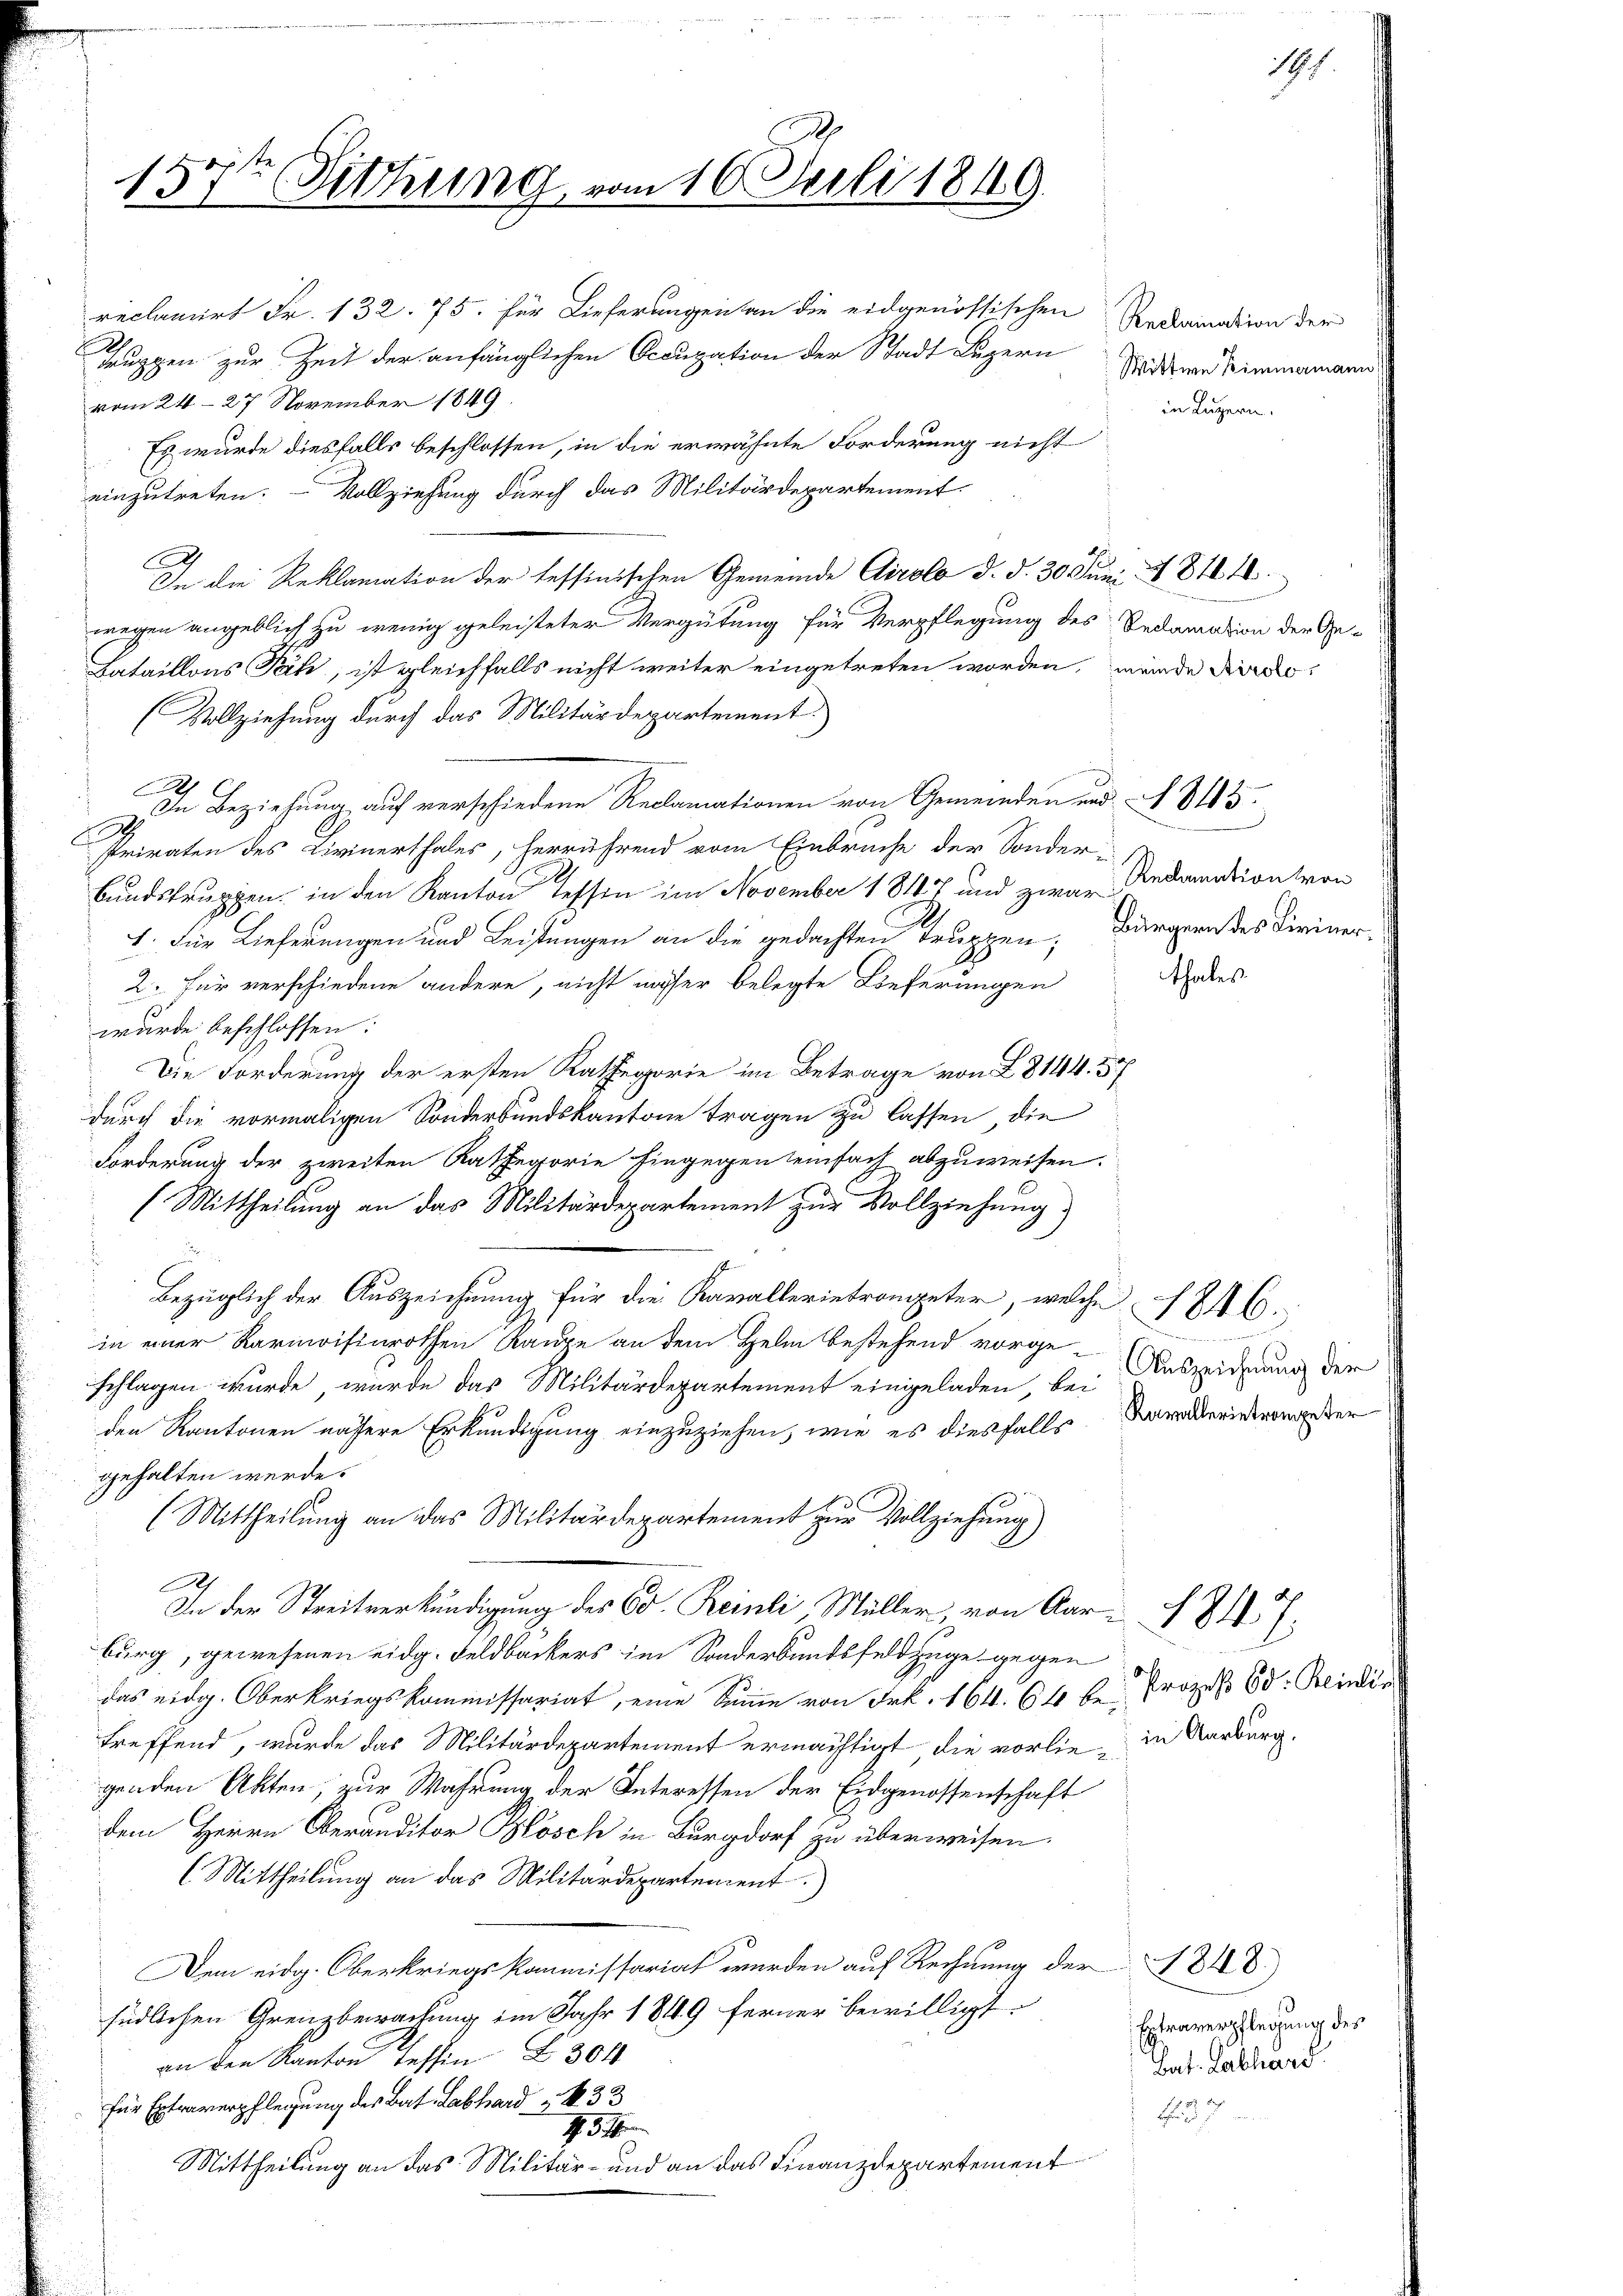
13.
Sitzung

m 16. Juli 1849

reclamirt Fr. 132. 75. für Lieferungen an die eidgenössischen
Huppen zur Zeit der anfänglichen Occupation der Stadt Luzern
vom 24. 27 November 1849
Es wurde diesfalls beschlossen, in die erwähnte Forderung nicht
einzutreten. Vollziehung durch das Militärdepartement
I die Reklamation der tessinischen Gemeinde Airolo d. d. 30. Juni 1814.
wegen angeblief zu wenig geleisteter Vergütung für Verpflegung des Redamation der Ge¬
Lataillons Päch, ist gleichfalls nicht weiter eingetreten worden, wende Dire
(Vollziehung durch das Militärdepartement
4
In Beziehung auf verschiedene Reclamationen von Gemeinden und N. 8143.
Privaten des Civinerthales, herrührend vom Einbruche der Sonder-
.
bundstruppen, in den Kanton tessen im November 1817 und zwar
1. Für Lieferungen und Leistungen an die gedachten Truppen;
2. Für verschiedene andere, nicht messer belegte Lieferungen
wurde beschlossen:
Die Forderung der ersten Kathegorie im Betrage von L 8144. 57
durch die vormaligen Sonderbundskantone tragen zu lassen die
Forderung der zweiten Kathegorie Eingegen seinfach abzuweisen.
(Mittheilung an das Militärdepartement zur Vollziehung
Bezüglich der Auszeichnung für die Kavallerietroneter, welche 1816.
in einer Karmoisinrothen Range an dem Helm bestehend vorge¬
Auszeichnung der
schlagen wurde, wurde das Militärdepartement eingeladen, bei
Ravallerietrompeter
den Kantonen nassere Erkundigung einzuziehen, wie es diesfalls
gehalten werde.
(Mittheilung an das Militärdepartement zur Vollziehung)
B
In der Streitverkündigung des Co. Reinli Müller, von Aar- § 84.
burg, gewesenen eidg. Feldbackers im Sonderbundsfeldzüge gegen
Prozeß 60. Reinlie
das eidg. Oberkriegskommissariat, eine Summe von Frk. 164. 64 bei
in Aarburg.
treffend, wurde das Militärdepartement ermächtigt die vorliegenden Akten, zur Wahrung der Interessen der Eidgenossenschaft
dem Herrn Oberanditor Blösch in Burgdorf zu überweisen.
(Mittheilung an das Militärdepartement.)
1848.
Dem eidg. Oberkriegskommissariat wurden auf Rechnung der
südlichen Grenzbewachung im Jahr 1849 ferner bewilligt.
Extraverpflegung des
an den Kanton Tessin § 304
Bat. Labhard.
für Extraverpflegung des Bat. Labhard 33
F
H. St
Mittheilung an das Militär- und an das Finanzdepartement

thales

Reclamation der
Wittwe Zimmermann
in Luzern.

Reclamation von
Bürgern des Liviner¬

147.